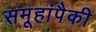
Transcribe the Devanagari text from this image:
समूहांपैकी